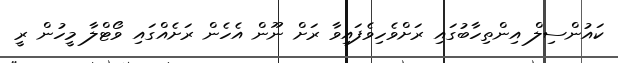
ކައުންސިލް އިންތިހާބުގައި ރަށްވެހިވެފައިވާ ރަށް ނޫން އެހެން ރަށެއްގައި ވޯޓްލާ މީހުން ރީ